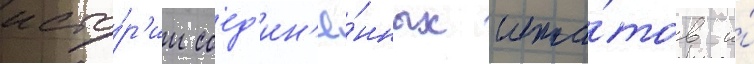
исто́р'ии соед'ин'ё́нных шта́тов и́